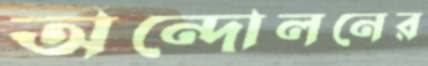
অন্দোলনের